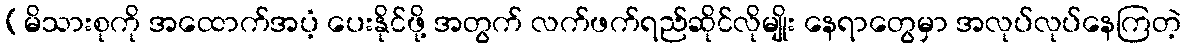
(မိသားစုကို အထောက်အပံ့ ပေးနိုင်ဖို့ အတွက် လက်ဖက်ရည်ဆိုင်လိုမျိုး နေရာတွေမှာ အလုပ်လုပ်နေကြတဲ့